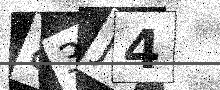
Text: 83J4